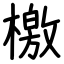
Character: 檄